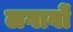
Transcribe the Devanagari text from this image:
लगावों